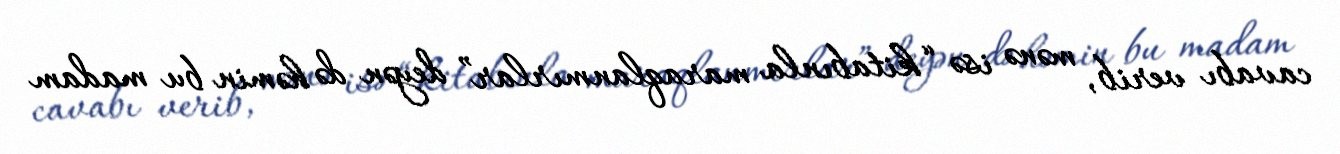
cavabı verib, mənə isə “kitabınla maraqlanmırlar” deyən də həmin bu madam